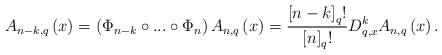
LaTeX: \begin{align*}A_{n-k,q}\left( x\right) =\left( \Phi_{n-k}\circ...\circ\Phi_{n}\right)A_{n,q}\left( x\right) =\frac{\left[ n-k\right] _{q}!}{\left[ n\right]_{q}!}D_{q,x}^{k}A_{n,q}\left( x\right) . \end{align*}